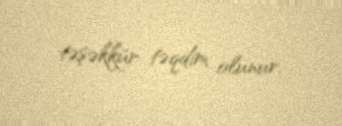
təşəkkür təqdim olunur.